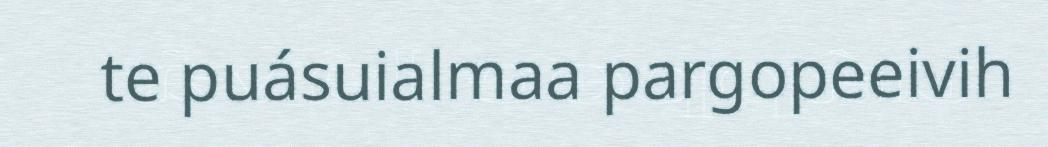
te puásuialmaa pargopeeivih